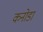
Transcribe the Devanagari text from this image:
कनोडा